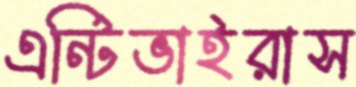
এন্টিভাইরাস